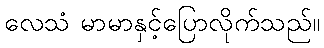
လေသံ မာမာနှင့်ပြောလိုက်သည်။